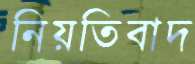
নিয়তিবাদ